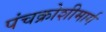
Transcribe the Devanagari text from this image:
पंचक्रोशीमार्ग